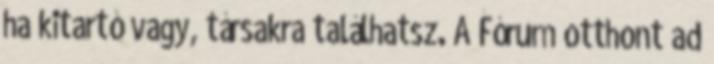
ha kitartó vagy, társakra találhatsz. A Fórum otthont ad